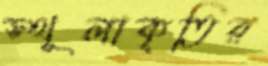
স্থূলাকৃতির